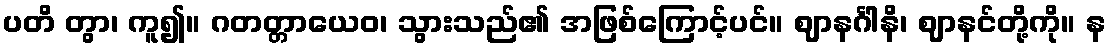
ပတိ တွာ၊ ကူ၍။ ဂတတ္တာယေဝ၊ သွားသည်၏ အဖြစ်ကြောင့်ပင်။ ဈာနင်္ဂါနိ၊ ဈာနင်တို့ကို။ န